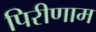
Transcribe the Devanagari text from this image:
पिरीणाम